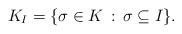
LaTeX: \begin{align*}K_I = \{\sigma\in K \,:\, \sigma\subseteq I\}.\end{align*}